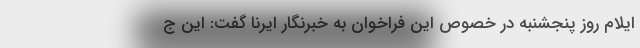
ایلام روز پنجشنبه در خصوص این فراخوان به خبرنگار ایرنا گفت: این ج